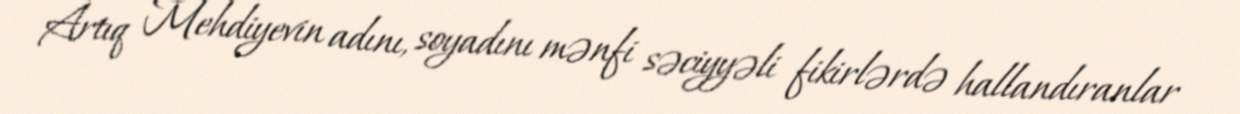
Artıq Mehdiyevin adını, soyadını mənfi səciyyəli fikirlərdə hallandıranlar